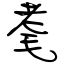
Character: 耄